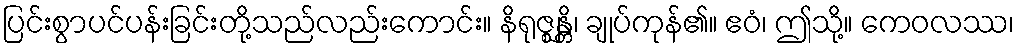
ပြင်းစွာပင်ပန်းခြင်းတို့သည်လည်းကောင်း။ နိရုဇ္ဈန္တိ၊ ချုပ်ကုန်၏။ ဧဝံ၊ ဤသို့။ ကေဝလဿ၊